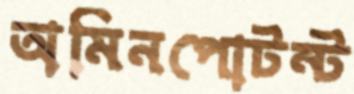
অমিনপোটন্ট